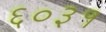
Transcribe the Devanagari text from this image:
६०३१